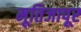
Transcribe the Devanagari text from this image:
मूतिजापूर